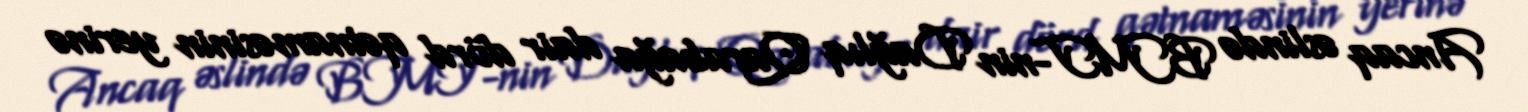
Ancaq əslində BMT-nin Dağlıq Qarabağa dair dörd qətnaməsinin yerinə